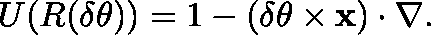
U ( R ( \delta \mathbf { \theta } ) ) = 1 - ( \delta \mathbf { \theta } \times \mathbf { x } ) \cdot \nabla .